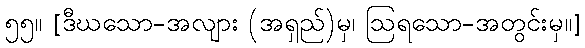
၅၅။ [ဒီဃသော-အလျား (အရှည်)မှ၊ ဩရသော-အတွင်းမှ။]